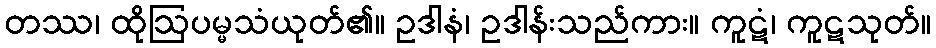
တဿ၊ ထိုဩပမ္မသံယုတ်၏။ ဥဒါနံ၊ ဥဒါန်းသည်ကား။ ကူဋံ၊ ကူဋသုတ်။